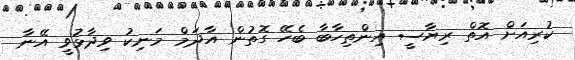
ކުރިއަަށް އޮތް ރިޔާސީ އިންތިހާބާ ބެހޭ ގޮތުން އާދަމް މަނިކު ވިދާޅުވީ އޭނާ